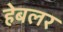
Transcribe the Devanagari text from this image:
हेबलर